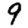
Digit: 9